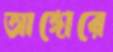
আঙ্গোরে